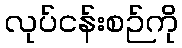
လုပ်ငန်းစဉ်ကို